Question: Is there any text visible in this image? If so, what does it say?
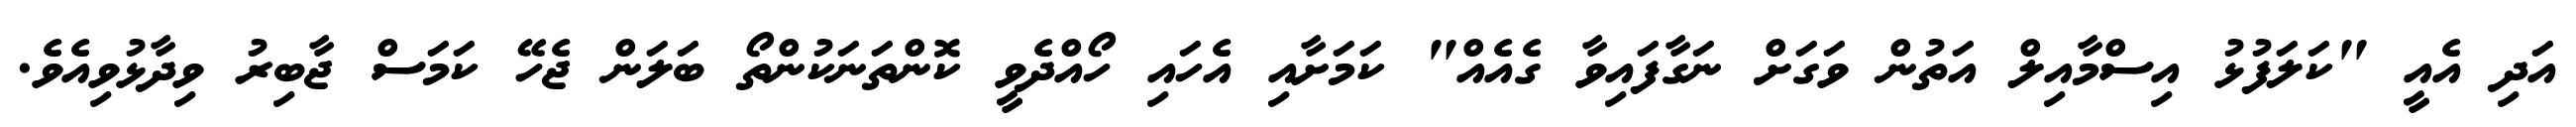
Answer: އަދި އެއީ "ކަލަފުޅު އިސްމާއިލް އަތުން ވަގަށް ނަގާފައިވާ ގެއެއް" ކަމަށާއި އެހައި ހޯއްދެވީ ކޮންތަނަކުންތޯ ބަލަން ޖެހޭ ކަމަސް ޖާބިރު ވިދާޅުވިއެވެ.